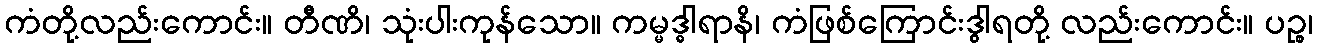
ကံတို့လည်းကောင်း။ တီဏိ၊ သုံးပါးကုန်သော။ ကမ္မဒ္ဓါရာနိ၊ ကံဖြစ်ကြောင်းဒွါရတို့ လည်းကောင်း။ ပဉ္စ၊